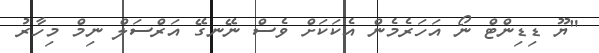
"ޔޫ ޑިޑިންޓް ނޯ އަހަރެމެން އެކަކަށް ވެސް ނޭނގޭ އަރްސަލް ނިމް މިހާރު